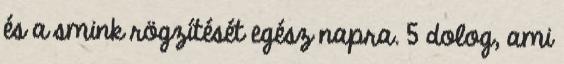
és a smink rögzítését egész napra. 5 dolog, ami